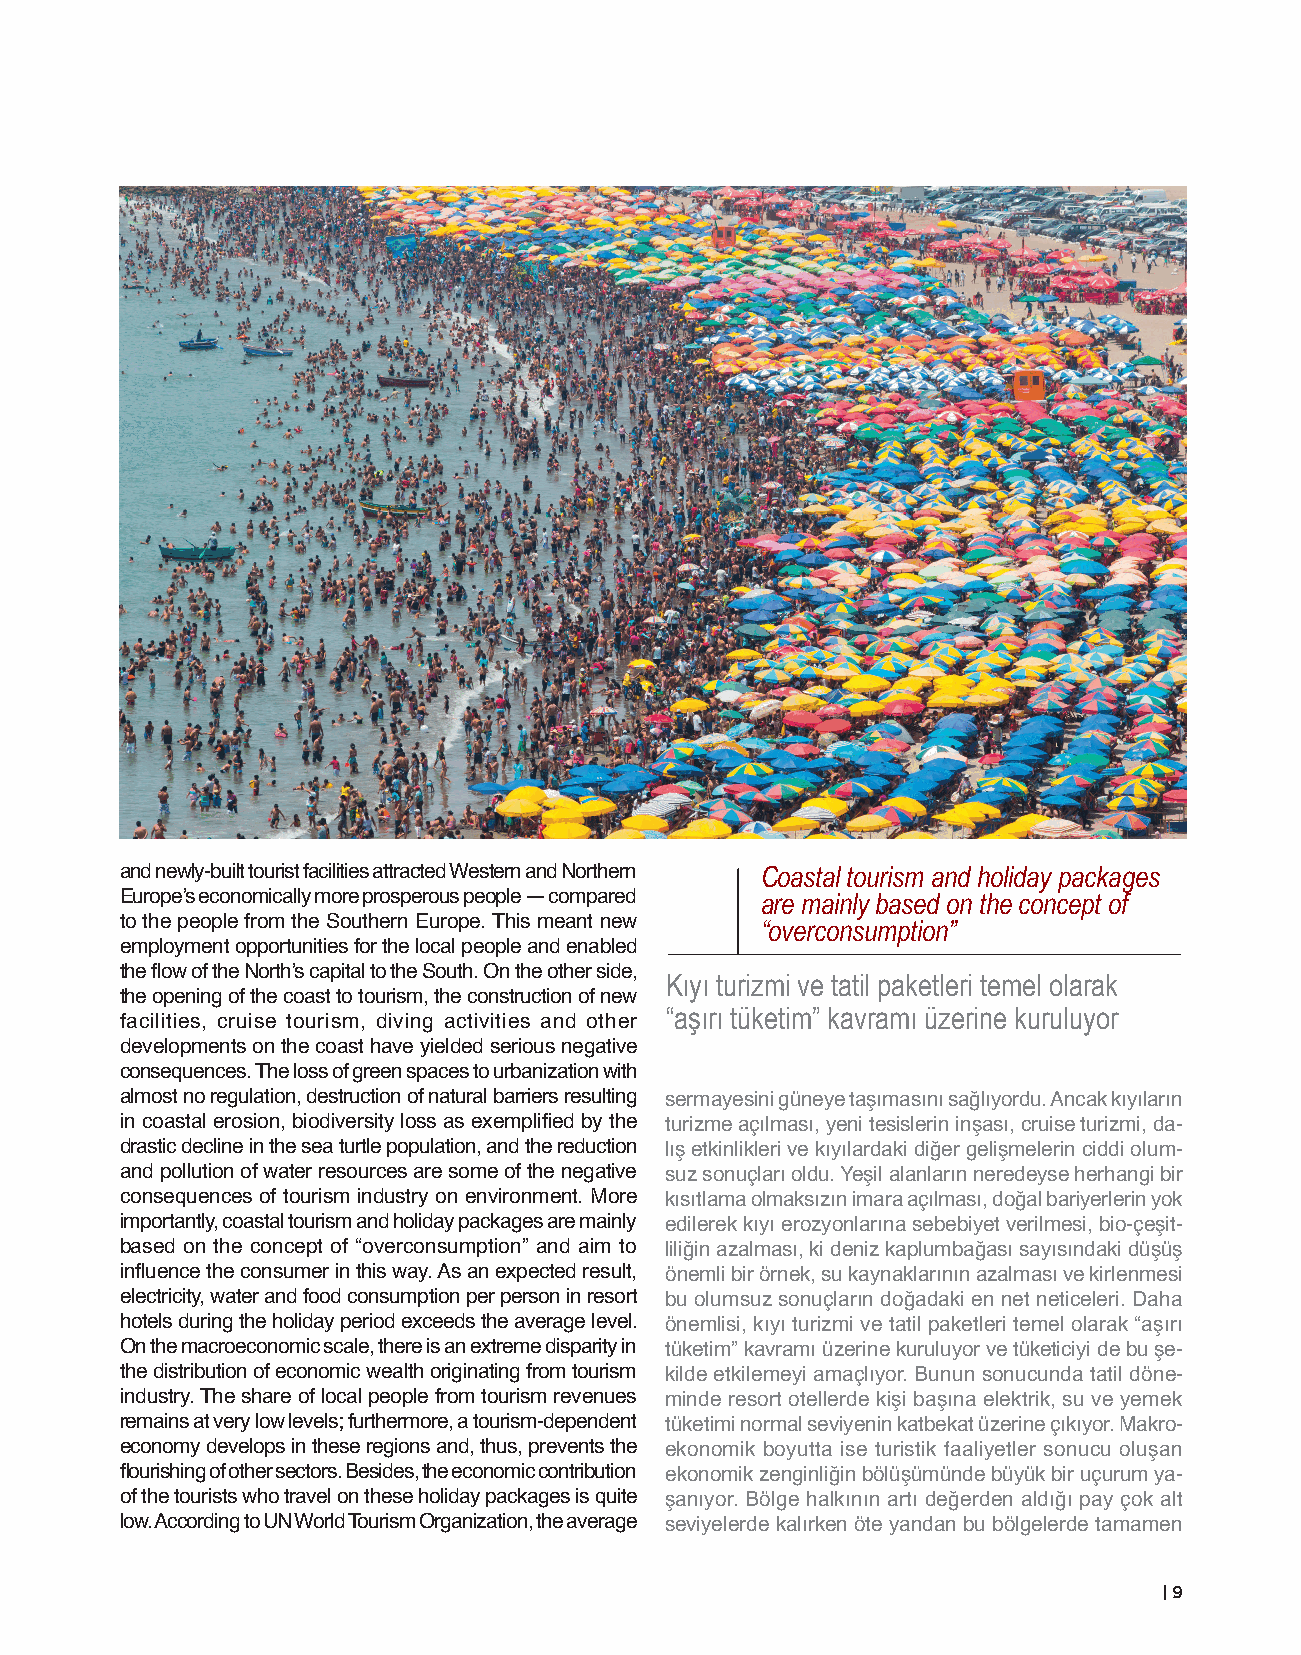
TEMATİK DOSYA: ALTERNATİF TURİZM
 and newly-built tourist facilities attracted Western and Northern Coastal tourism and holiday packages
 Europe’s economically more prosperous people — compared are mainly based on the concept of
 to the people from the Southern Europe. This meant new “overconsumption”
 employment opportunities for the local people and enabled
 the flow of the North’s capital to the South. On the other side,
 Kıyı turizmi ve tatil paketleri temel olarak
 the opening of the coast to tourism, the construction of new
 “aşırı tüketim” kavramı üzerine kuruluyor
 facilities, cruise tourism, diving activities and other
 developments on the coast have yielded serious negative
 consequences. The loss of green spaces to urbanization with
 almost no regulation, destruction of natural barriers resulting sermayesini güneye taşımasını sağlıyordu. Ancak kıyıların
 in coastal erosion, biodiversity loss as exemplified by the turizme açılması, yeni tesislerin inşası, cruise turizmi, da-
 drastic decline in the sea turtle population, and the reduction lış etkinlikleri ve kıyılardaki diğer gelişmelerin ciddi olum-
 and pollution of water resources are some of the negative suz sonuçları oldu. Yeşil alanların neredeyse herhangi bir
 consequences of tourism industry on environment. More kısıtlama olmaksızın imara açılması, doğal bariyerlerin yok
 importantly, coastal tourism and holiday packages are mainly edilerek kıyı erozyonlarına sebebiyet verilmesi, bio-çeşit-
 based on the concept of “overconsumption” and aim to liliğin azalması, ki deniz kaplumbağası sayısındaki düşüş
 influence the consumer in this way. As an expected result, önemli bir örnek, su kaynaklarının azalması ve kirlenmesi
 electricity, water and food consumption per person in resort bu olumsuz sonuçların doğadaki en net neticeleri. Daha
 hotels during the holiday period exceeds the average level. önemlisi, kıyı turizmi ve tatil paketleri temel olarak “aşırı
 On the macroeconomic scale, there is an extreme disparity in tüketim” kavramı üzerine kuruluyor ve tüketiciyi de bu şe-
 the distribution of economic wealth originating from tourism kilde etkilemeyi amaçlıyor. Bunun sonucunda tatil döne-
 industry. The share of local people from tourism revenues minde resort otellerde kişi başına elektrik, su ve yemek
 remains at very low levels; furthermore, a tourism-dependent tüketimi normal seviyenin katbekat üzerine çıkıyor. Makro-
 economy develops in these regions and, thus, prevents the ekonomik boyutta ise turistik faaliyetler sonucu oluşan
 flourishing of other sectors. Besides, the economic contribution ekonomik zenginliğin bölüşümünde büyük bir uçurum ya-
 of the tourists who travel on these holiday packages is quite şanıyor. Bölge halkının artı değerden aldığı pay çok alt
 low. According to UN World Tourism Organization, the average seviyelerde kalırken öte yandan bu bölgelerde tamamen
 | 9